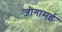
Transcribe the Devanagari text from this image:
जोगामई